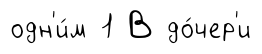
одн'и́м 1 В до́чер'и